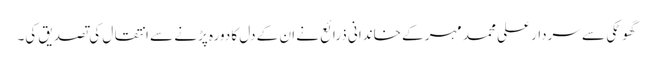
گھوٹکی سے سردار علی محمد مہر کے خاندانی ذرائع نے ان کے دل کا دورہ پڑنے سے انتقال کی تصدیق کی۔